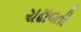
ચઢાવતી